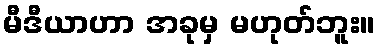
မီဒီယာဟာ အခုမှ မဟုတ်ဘူး။